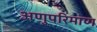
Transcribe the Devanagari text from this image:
अणुपरिमाण